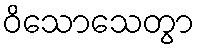
ဝိသောသေတွာ